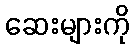
ဆေးများကို